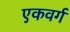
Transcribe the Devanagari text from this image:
एकवर्ग